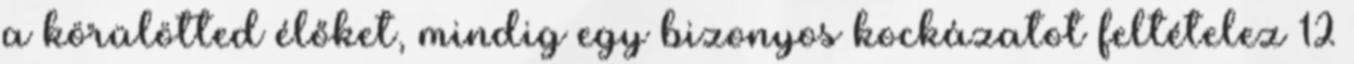
a körülötted élőket, mindig egy bizonyos kockázatot feltételez 12